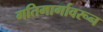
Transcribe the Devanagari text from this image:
गतिमार्गावरून